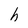
Character: h